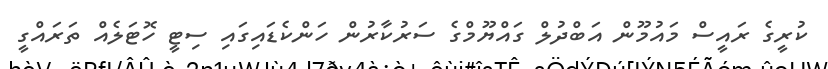
ކުރީގެ ރައީސް މައުމޫން އަބްދުލް ގައްޔޫމްގެ ސަރުކާރުން ހަންކެޑައިގައި ސިޓީ ހޮޓަލެއް ތަރައްގީ